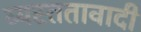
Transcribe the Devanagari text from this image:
व्यस्ततावादी